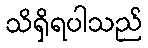
သိရှိရပါသည်